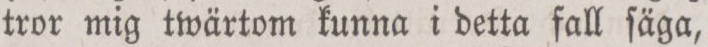
tror mig twärtom kunna i detta fall ſäga,